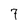
Character: 7